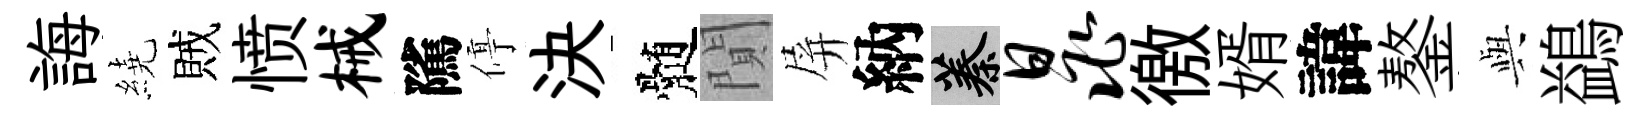
誨繞賊愤械隲停決髄閴屏納蓁晁徼婿諱鏊𫤰鷁